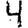
Digit: 4